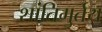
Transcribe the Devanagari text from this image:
शांतिमुर्तय